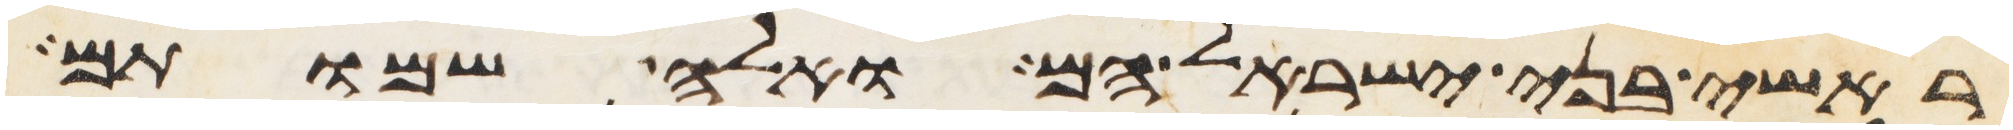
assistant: ראשי בני ישראל הם ואלה שמותם